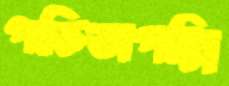
পতিতাপল্লি